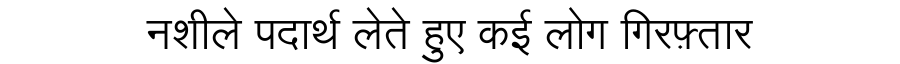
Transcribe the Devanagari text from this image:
नशीले पदार्थ लेते हुए कई लोग गिरफ़्तार